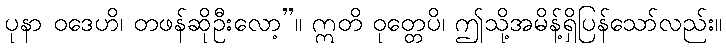
ပုနာ ဝဒေဟိ၊ တဖန်ဆိုဦးလော့”။ ဣတိ ဝုတ္တေပိ၊ ဤသို့အမိန့်ရှိပြန်သော်လည်း။